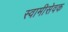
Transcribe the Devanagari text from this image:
स्वामीसेवक